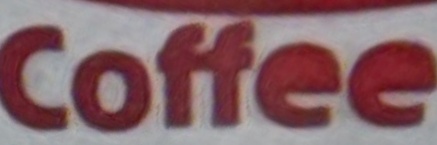
Coffee